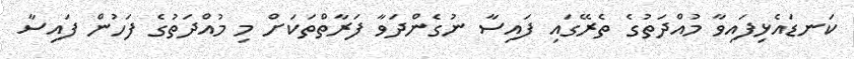
ކަނޑައެޅިފައިވާ މުއްދަތުގެ ތެރޭގައި ފައިސާ ނުގެންދަވާ ފަރާތްތަކަށް މި މުއްދަތުގެ ފަހުން ފައިސާ